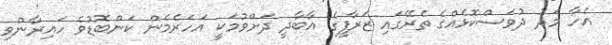
އެހާ މަދު ދުވަސްކޮޅެއްގެ ތެރޭގައި ޒަރާފީގެ އާބާދީ ދަށްވުމަކީ އަހަރެމެން ކަންބޮޑުވެ ހައިރާންވި